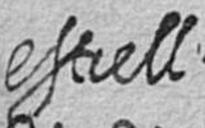
estrell